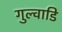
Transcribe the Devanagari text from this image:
गुल्वाडि